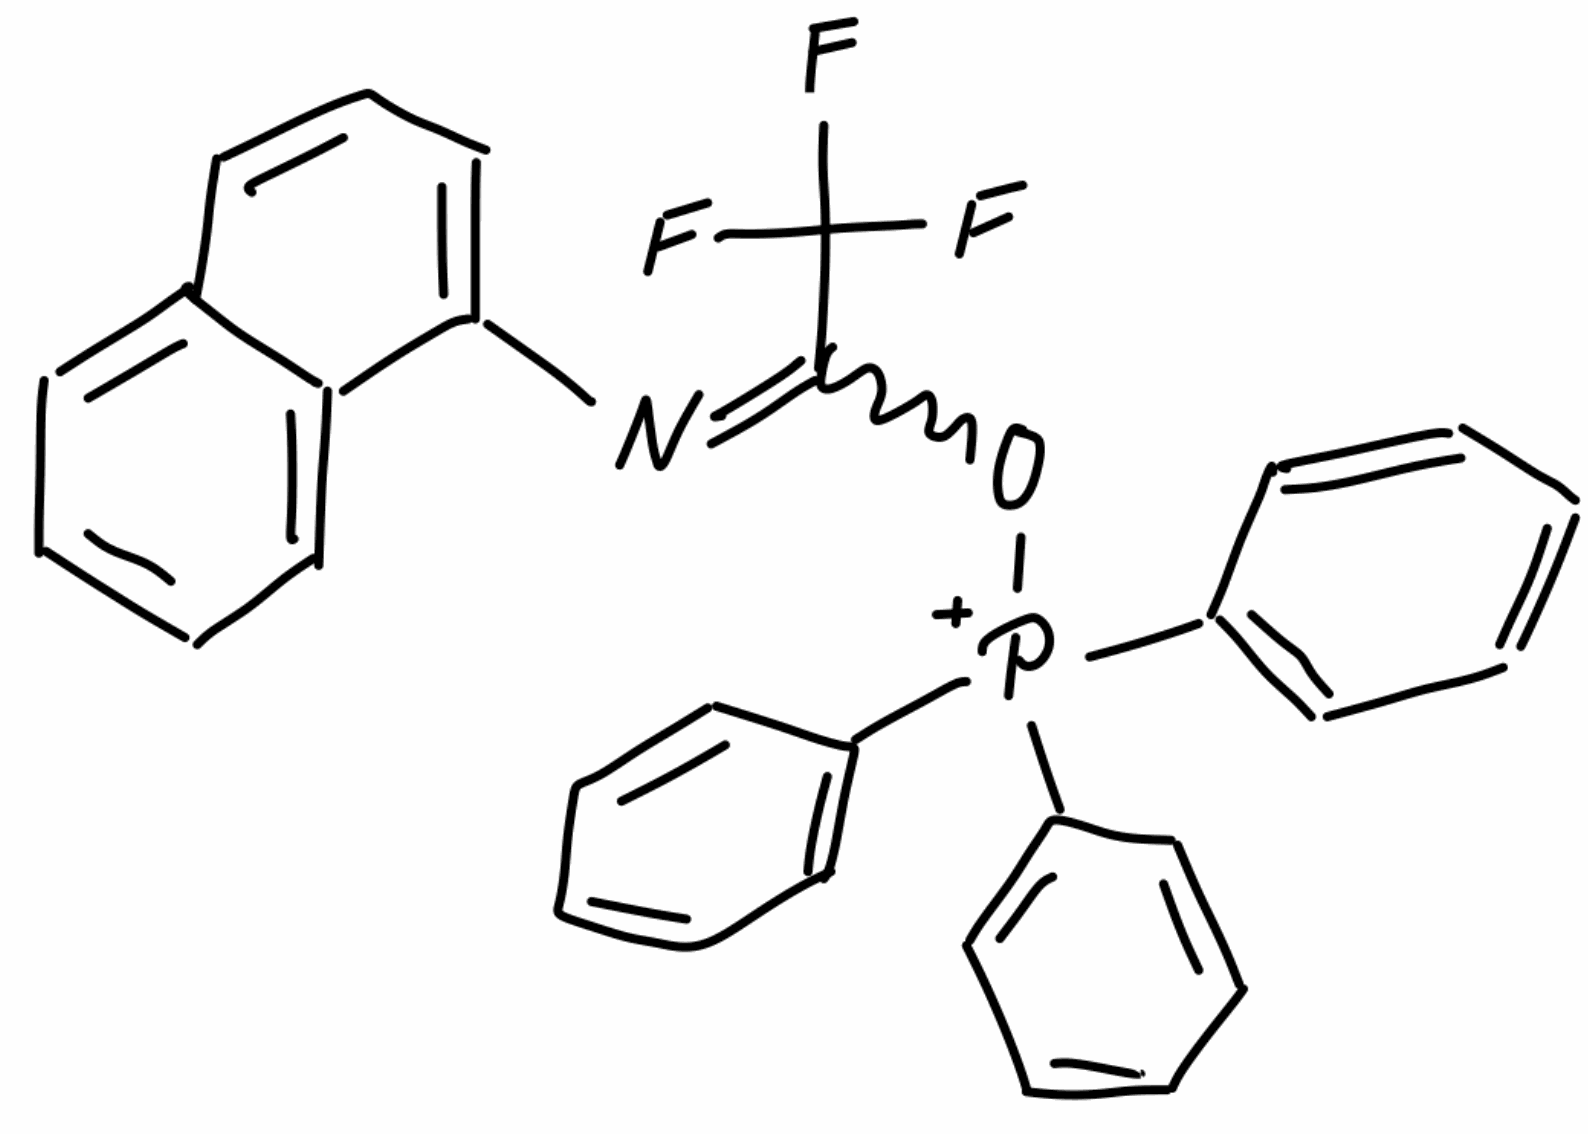
Simplified molecular-input line-entry system (SMILES) notation of the given molecule:
C1=CC=C(C=C1)[P+](C2=CC=CC=C2)(C3=CC=CC=C3)OC(=NC4=CC=CC5=CC=CC=C54)C(F)(F)F